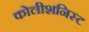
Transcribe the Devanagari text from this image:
कोलीशनिस्ट